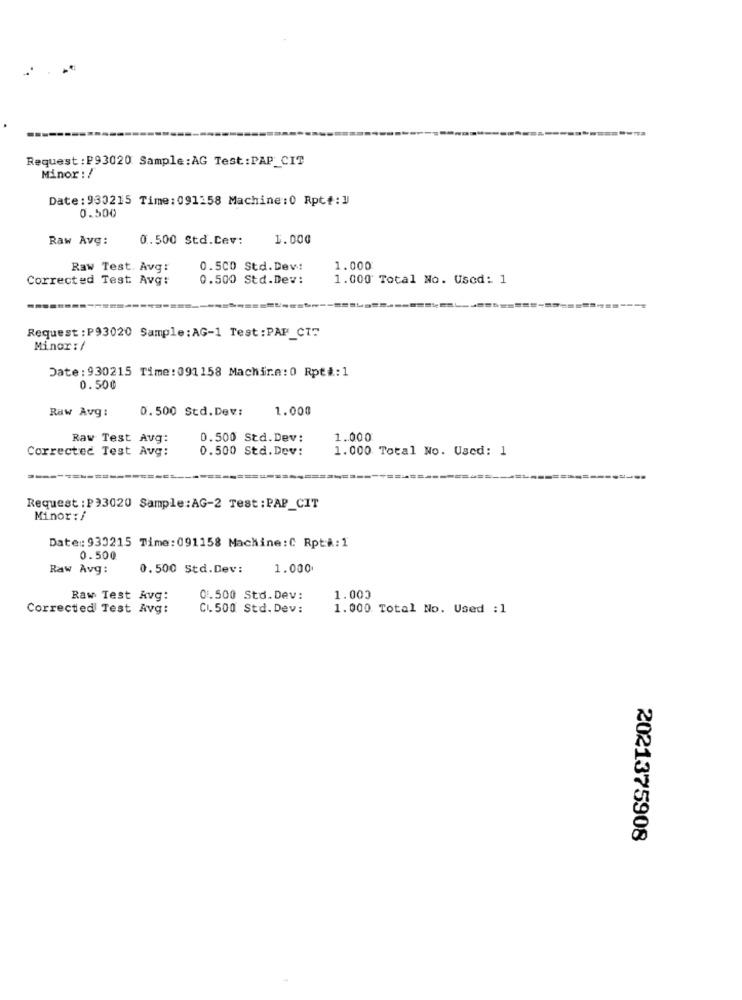
Request:P93020 Sample:AG Test:PAP_CIT
Minor : /
Date: 930215 Time: 091158 Machine : 0 Rpt#:1
0.500
Raw Avg:
0.500 Std.Cev:
1.000
Raw Test. Avg:
0.500 Std.Dew:
1.000
Corrected Test Avg:
0.500 Std.Dew:
1.000 Total No. Used: 1
Request : P93020 Sample: AG-1 Test: PAP_CTT
Minor : /
Date: 930215 Time: 091158 Machire:0 Rpt#:1
0.500
0.500 Std.Dev:
1.000
Raw Avg:
Raw Test Avg:
0.500 Std.Dev:
1.000
Corrected Test Avg:
0.500 Std.Dev:
1.000 Total No. Used: 1
Request : P33020 Sample:AG-2 Test : PAP_CIT
Minor: i
Date :: 933215 Time:091158 Machine:C RptA:1
0.500
Raw Avg:
0.500 Std.Dev:
1.000
Raw Test Avg:
01.500 Std. Dev:
1.000
Corrected Test Avg:
CL. 500 Std. Dev:
1.000 Total No. Used :1
2021375908